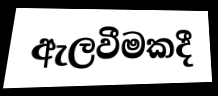
ඇලවීමකදී